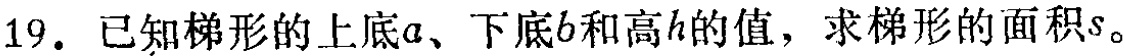
19. 已知梯形的上底\(a\)、下底\(b\)和高\(h\)的值，求梯形的面积\(s\)。